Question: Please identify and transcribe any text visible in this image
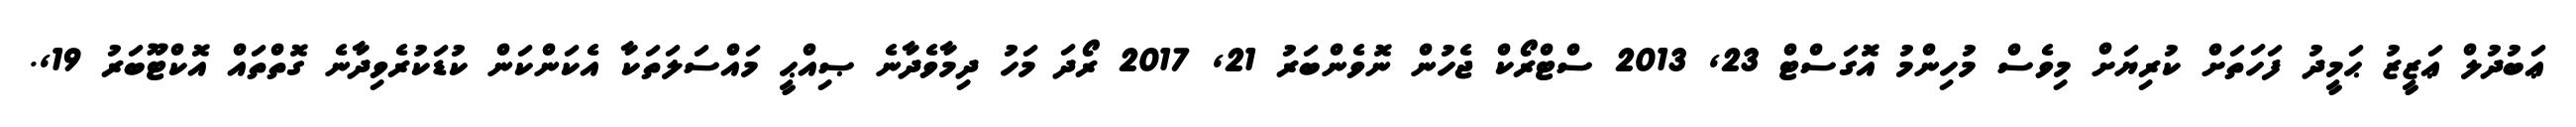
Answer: ޢަބުދުލް ޢަޒީޒު ޙަމީދު ފަހަތަށް ކުރިޔަށް މިވެސް މުހިންމު އޮގަސްޓް 23, 2013 ސްޓްރޯކް ޖެހުން ނޮވެންބަރު 21, 2017 ރޯދަ މަހު ދިމާވެދާނެ ޞިއްޙީ މައްސަލަތަކާ އެކަންކަން ކުޑަކުރެވިދާނެ ގޮތްތައް އޮކްޓޫބަރު 19,.